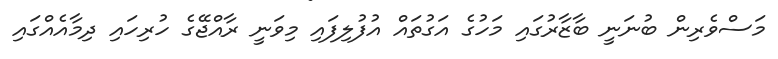
މަސްވެރިން ބުނަނީ ބާޒާރުގައި މަހުގެ އަގުތައް އުފުލިފައި މިވަނީ ރާއްޖޭގެ ހުރިހައި ދިމާއެއްގައި